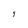
Character: J